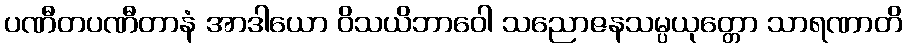
ပဏီတပဏီတာနံ အာဒါယော ဝိသယိဘာဝေါ သညောဇနသမ္ပယုတ္တော သာရဏာတိ